Document type: Anniversary endowment
Year: 1486
Scribe: Bartomeu Masons
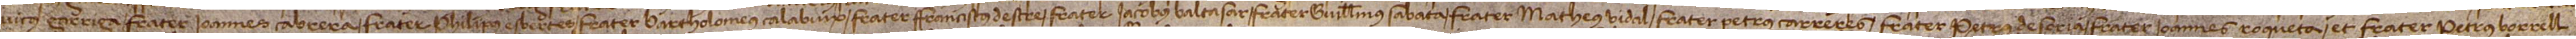
vicus Garriga, frater Ioannes Cabrera, frater Philipus Esbertes, frater Bartholomeus Calabuix, frater Franciscus Destre, frater Iacobus Baltasar, frater Guillelmus Sabata, frater Matheus Vidal, frater Petrus Carreres, frater Petrus de Soria, frater Ioannes Roqueta et frater Petrus Borrell,